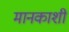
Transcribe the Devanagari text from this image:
मानकाशी